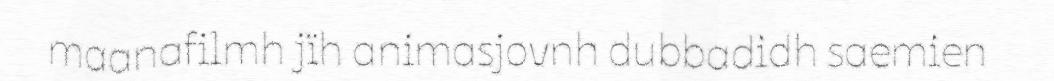
maanafilmh jïh animasjovnh dubbadidh saemien